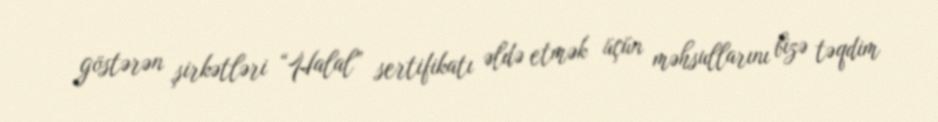
göstərən şirkətləri “Halal” sertifikatı əldə etmək üçün məhsullarını bizə təqdim